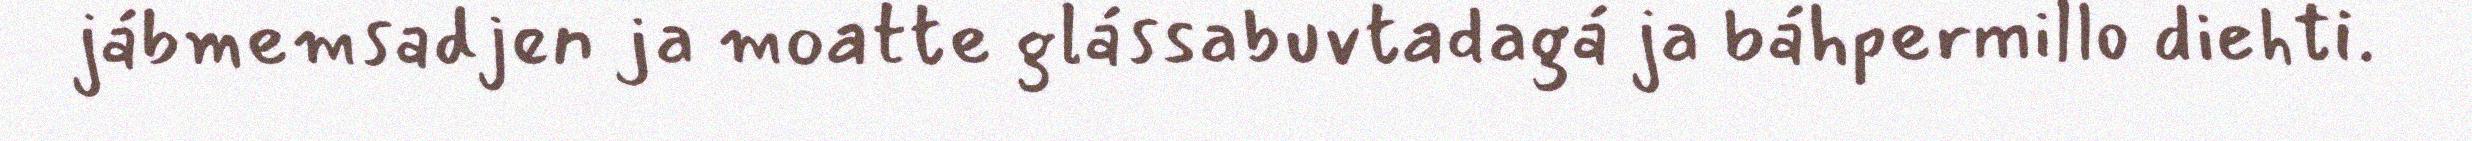
jábmemsadjen ja moatte glássabuvtadagá ja báhpermillo diehti.